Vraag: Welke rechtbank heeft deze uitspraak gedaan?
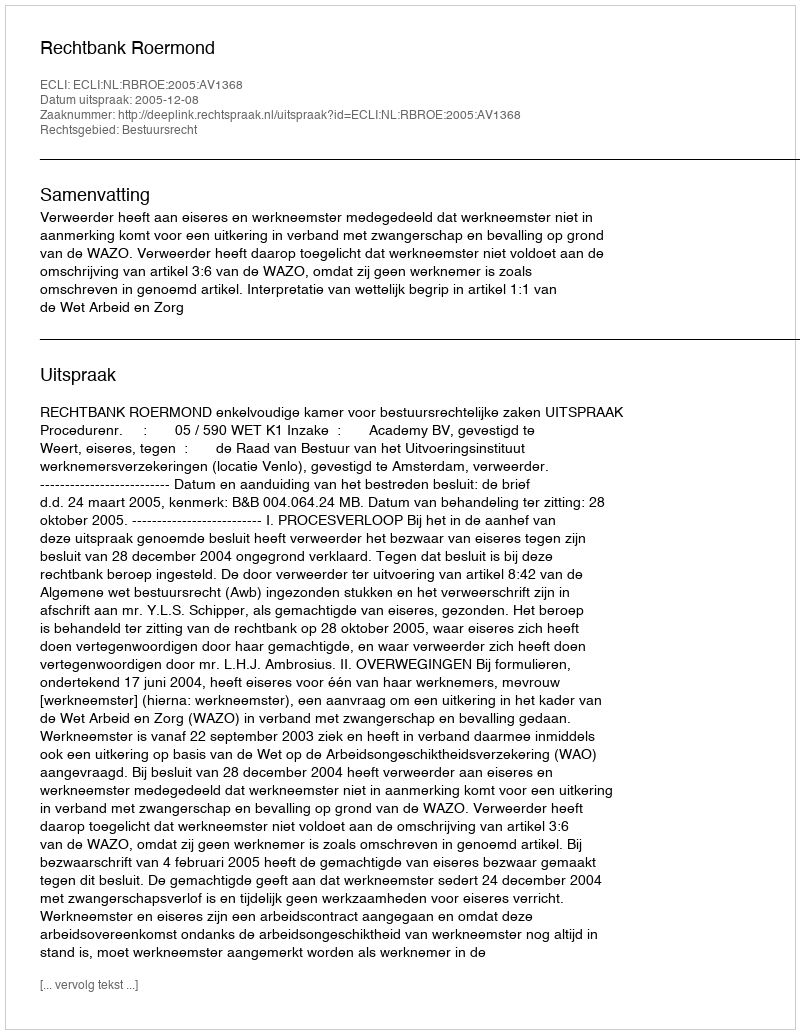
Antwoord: Rechtbank Roermond